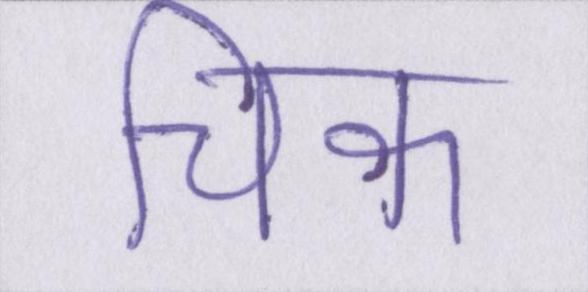
चिक